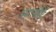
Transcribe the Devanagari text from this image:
मगवौर्ट